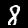
Label: 8